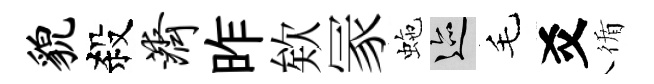
貌殺济昨欸冡虵迹毛爻循